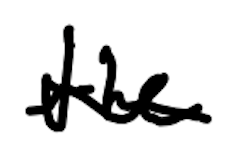
Text: the
Cross-out: wave
Writing tool: digital_black